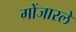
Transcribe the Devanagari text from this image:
गोंजारले